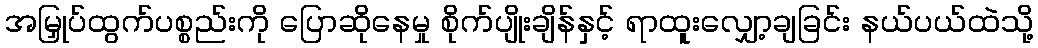
အမြှုပ်ထွက်ပစ္စည်းကို ပြောဆိုနေမှု စိုက်ပျိုးချိန်နှင့် ရာထူးလျှော့ချခြင်း နယ်ပယ်ထဲသို့